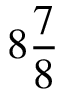
8 \frac 7 8